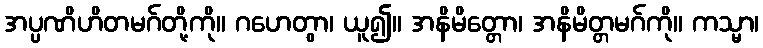
အပ္ပဏိဟိတမဂ်တို့ကို။ ဂဟေတွာ၊ ယူ၍။ အနိမိတ္တော၊ အနိမိတ္တမဂ်ကို။ ကသ္မာ၊